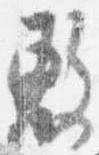
敷